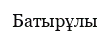
Батырұлы